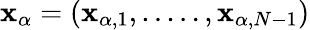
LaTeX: \mathbf{x}_{\alpha}=(\mathbf{x}_{\alpha,1},.....,\mathbf{x}_{\alpha,N-1})